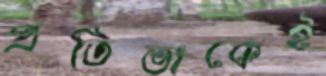
প্রতিভাকেই